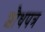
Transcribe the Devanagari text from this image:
शौधपत्र